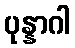
ပုန္နာဂါ